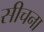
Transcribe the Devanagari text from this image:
सीचना